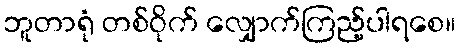
ဘူတာရုံ တစ်ဝိုက် လျှောက်ကြည့်ပါရစေ။